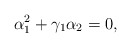
\begin{align*}\alpha_{1}^{2}+\gamma_{1}\alpha_{2}=0,\end{align*}